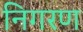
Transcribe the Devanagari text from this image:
निगरण